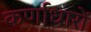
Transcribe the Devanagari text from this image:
कर्णाधारों